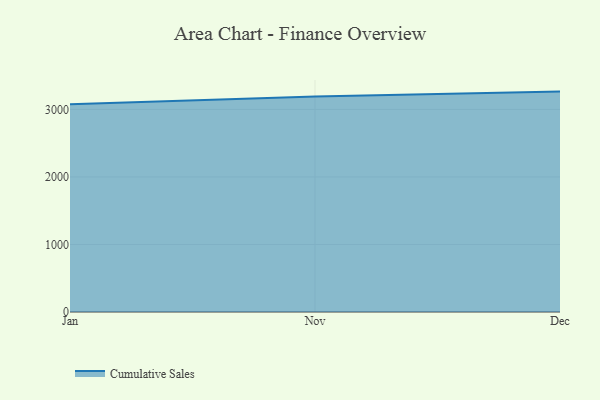
{"axis": {"x": "Month", "y": "Website Visitors"}, "legend": ["Cumulative Sales"], "data": [{"x": "Jan", "y": 3077.5, "type": "Cumulative Sales"}, {"x": "Nov", "y": 3191.4, "type": "Cumulative Sales"}, {"x": "Dec", "y": 3264.3, "type": "Cumulative Sales"}]}